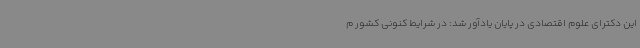
این دکترای علوم اقتصادی در پایان یادآور شد: در شرایط کنونی کشور م